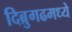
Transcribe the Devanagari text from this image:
दिब्रुगढमध्ये